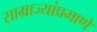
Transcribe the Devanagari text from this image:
साम्राज्यांप्रमाणे